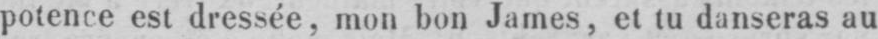
potence est dressée, mon bon James, et lu danseras au